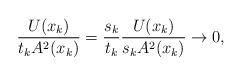
LaTeX: \begin{align*}\frac{U(x_k)}{t_kA^2(x_k)} =\frac{s_k}{t_k}\frac{U(x_k)}{s_kA^2(x_k)} \to0,\end{align*}